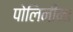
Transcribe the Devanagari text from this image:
पोलिनीमा